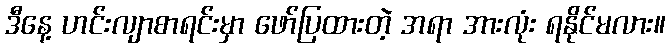
ဒီနေ့ ဟင်းလျာစာရင်းမှာ ဖော်ပြထားတဲ့ အရာ အားလုံး ရနိုင်မလား။